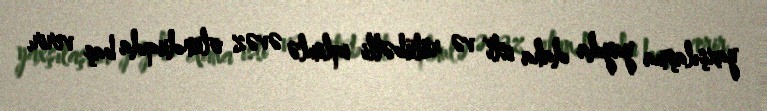
yaxşılaşma yayda daha isti və rütubətli iqlimlə əvəz olunduqda baş verir.